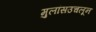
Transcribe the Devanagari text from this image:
मुलांसउचलून